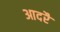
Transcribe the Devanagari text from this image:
आदरै